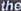
the